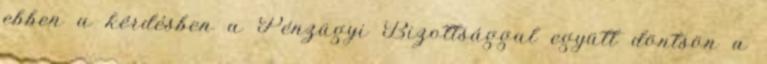
ebben a kérdésben a Pénzügyi Bizottsággal együtt döntsön a